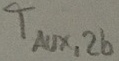
Text: TAUX,2b